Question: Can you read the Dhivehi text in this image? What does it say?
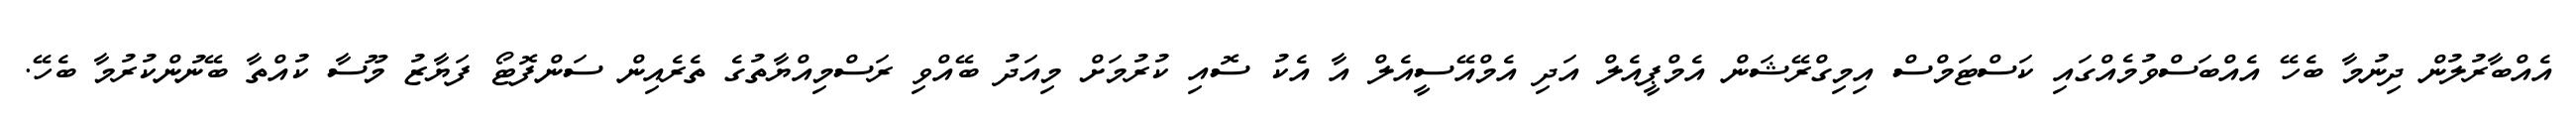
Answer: އެއްބާރުލުން ދިނުމާ ބެހޭ އެއްބަސްވުމެއްގައި ކަސްޓަމްސް އިމިގްރޭޝަން އެމްޕީއެލް އަދި އެމްއޭސީއެލް އާ އެކު ސޮއި ކުރުމަށް މިއަދު ބޭއްވި ރަސްމިއްޔާތުގެ ތެރެއިން ސަންފޮޓޯ ފަޔާޒު މޫސާ ކުއްތާ ބޭނުންކުރުމާ ބެހޭ.